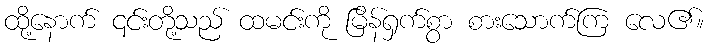
ထို့နောက် ၎င်းတို့သည် ထမင်းကို မြိန်ရှက်စွာ စားသောက်ကြ လေ၏။